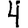
Digit: 4